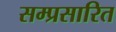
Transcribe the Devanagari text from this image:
सम्प्रसारित